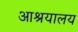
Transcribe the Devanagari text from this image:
आश्रयालय